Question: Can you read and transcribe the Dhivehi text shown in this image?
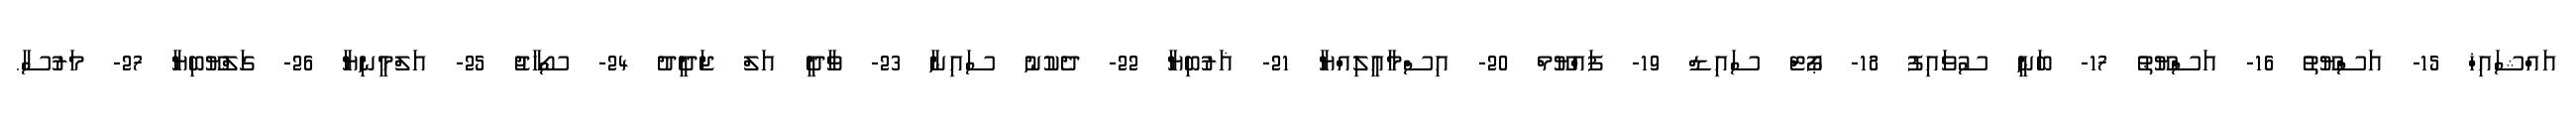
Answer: އައްޝައިޚް 15- އަސްޔޫތު 16- އަސްޔޫޠު 17- ބަނީ ސުވައިފު 18- ޕޯޓް ސައިޑް 19- ފައްޔޫމް 20- އިސްމާއީލިއްޔާ 21- ޣަރުބިޔާ 22- ދެކުނު ސައިނާ 23- ވާދީ އަލް ޖަދީދު 24- ސޯހާޖު 25- އަލްމީނިޔާ 26- ގަލްޔޫބިޔާ 27- މަރުސާ.